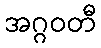
အဂ္ဂဝတီ